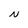
Character: N